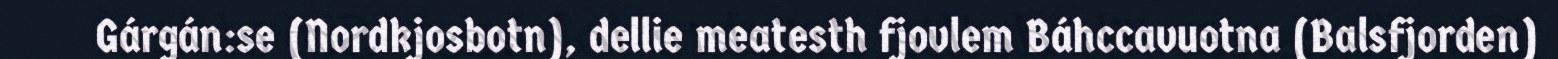
Gárgán:se (Nordkjosbotn), dellie meatesth fjovlem Báhccavuotna (Balsfjorden)